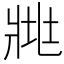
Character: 𤕿